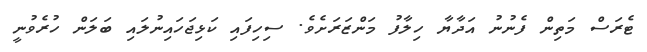
ޓެރަސް މަތިން ފެނުނު އަދާޔާ ހިލާފު މަންޒަރަށެވެ. ސިހިފައި ކަޅިޖަހައިނުލައި ބަލަން ހުރެވުނީ